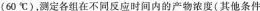
(60℃)，测定各组在不同反应时间内的产物浓度(其它条件